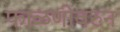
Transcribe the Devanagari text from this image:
फाळणीवरुन